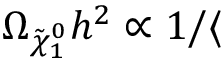
\Omega _ { \tilde { \chi } _ { 1 } ^ { 0 } } h ^ { 2 } \propto 1 / \langle